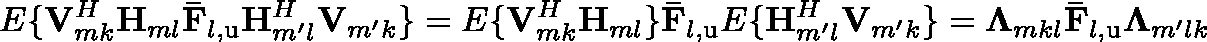
\mathbb { E } \{ \mathbf { V } _ { m k } ^ { H } \mathbf { H } _ { m l } \mathbf { \bar { F } } _ { l , \mathrm { u } } \mathbf { H } _ { m ^ { \prime } l } ^ { H } \mathbf { V } _ { m ^ { \prime } k } \} = \mathbb { E } \{ \mathbf { V } _ { m k } ^ { H } \mathbf { H } _ { m l } \} \mathbf { \bar { F } } _ { l , \mathrm { u } } \mathbb { E } \{ \mathbf { H } _ { m ^ { \prime } l } ^ { H } \mathbf { V } _ { m ^ { \prime } k } \} = \mathbf { \Lambda } _ { m k l } \mathbf { \bar { F } } _ { l , \mathrm { u } } \mathbf { \Lambda } _ { m ^ { \prime } l k }